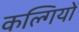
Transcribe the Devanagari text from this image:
कल्गियों